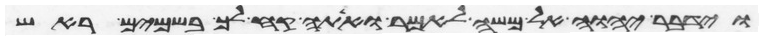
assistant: וידבר יהוה אל משה לאמר ואתה קח לך בשמים ראש